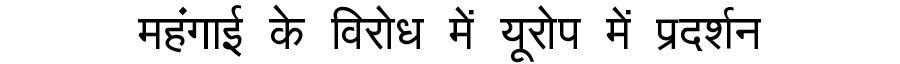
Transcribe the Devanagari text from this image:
महंगाई के विरोध में यूरोप में प्रदर्शन